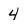
Character: 4